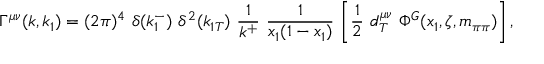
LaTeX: \Gamma ^ { \mu \nu } ( k , k _ { 1 } ) = ( 2 \pi ) ^ { 4 } ~ \delta ( k _ { 1 } ^ { - } ) ~ \delta ^ { 2 } ( k _ { 1 T } ) ~ \frac { 1 } { k ^ { + } } ~ \frac { 1 } { x _ { 1 } ( 1 - x _ { 1 } ) } \nonumber \, \left[ \frac { 1 } { 2 } ~ d _ { T } ^ { \mu \nu } ~ \Phi ^ { G } ( x _ { 1 } , \zeta , m _ { \pi \pi } ) \right] ,